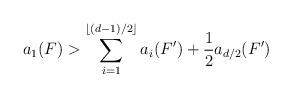
LaTeX: \begin{align*} a_1(F) > \sum_{i=1}^{\lfloor (d-1)/2 \rfloor} a_i(F')+ \frac{1}{2} a_{d/2}(F')\end{align*}